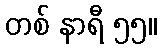
တစ် နာရီ ၅၅။